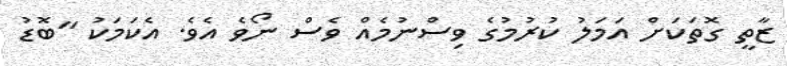
ޒާތީ ގޮތަކަށް އަމަލު ކުރުމުގެ ވިސްނުމެއް ވެސް ނޯވެ އެވެ. އެކަމަކު "ބޮޑު